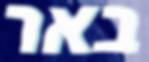
באר